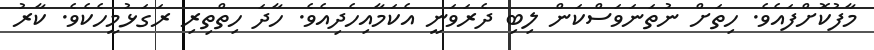
މާފުކޮށްފައެވެ. ހިތަށް ނުތަނަވަސްކަން ލިބި ދެރަވަނީ އެކަމާއިހެދިއެވެ. ހާދަ ހިތްތިރި ރަގަޅުމީހެކެވެ. ކާރު